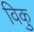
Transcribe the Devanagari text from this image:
विकु